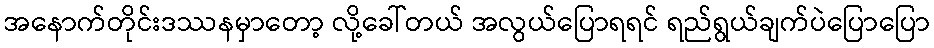
အနောက်တိုင်းဒဿနမှာတော့ လို့ခေါ်တယ် အလွယ်ပြောရရင် ရည်ရွယ်ချက်ပဲပြောပြော